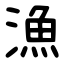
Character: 漁